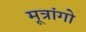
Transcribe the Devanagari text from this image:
मूत्रांगो